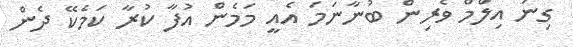
ގިނަ އިލްމް ވެރިން ބުނާނަމަ އެއީ މަމެން އުފާ ކުރާ ކަމެކޭ ދެން